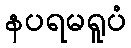
နပရမရူပံ